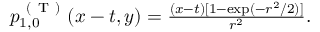
\begin{array} { r } { p _ { 1 , 0 } ^ { \mathrm { ~ ( ~ T ~ ) ~ } } ( x - t , y ) = \frac { ( x - t ) [ 1 - \exp ( - r ^ { 2 } / 2 ) ] } { r ^ { 2 } } . } \end{array}